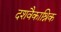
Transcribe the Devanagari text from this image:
दशवैकाश्रिक